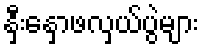
နှီးနှောဖလှယ်ပွဲများ